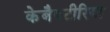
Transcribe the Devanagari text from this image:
केबैक्टीरिया